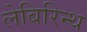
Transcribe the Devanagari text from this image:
लेबिरिन्थ